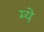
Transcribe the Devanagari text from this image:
म्ये